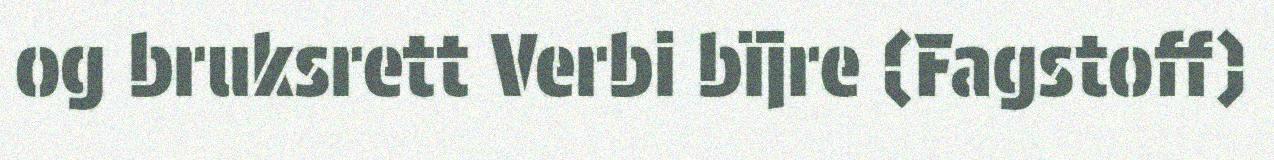
og bruksrett Verbi bïjre (Fagstoff)